Aleksander_Warma, lk 39
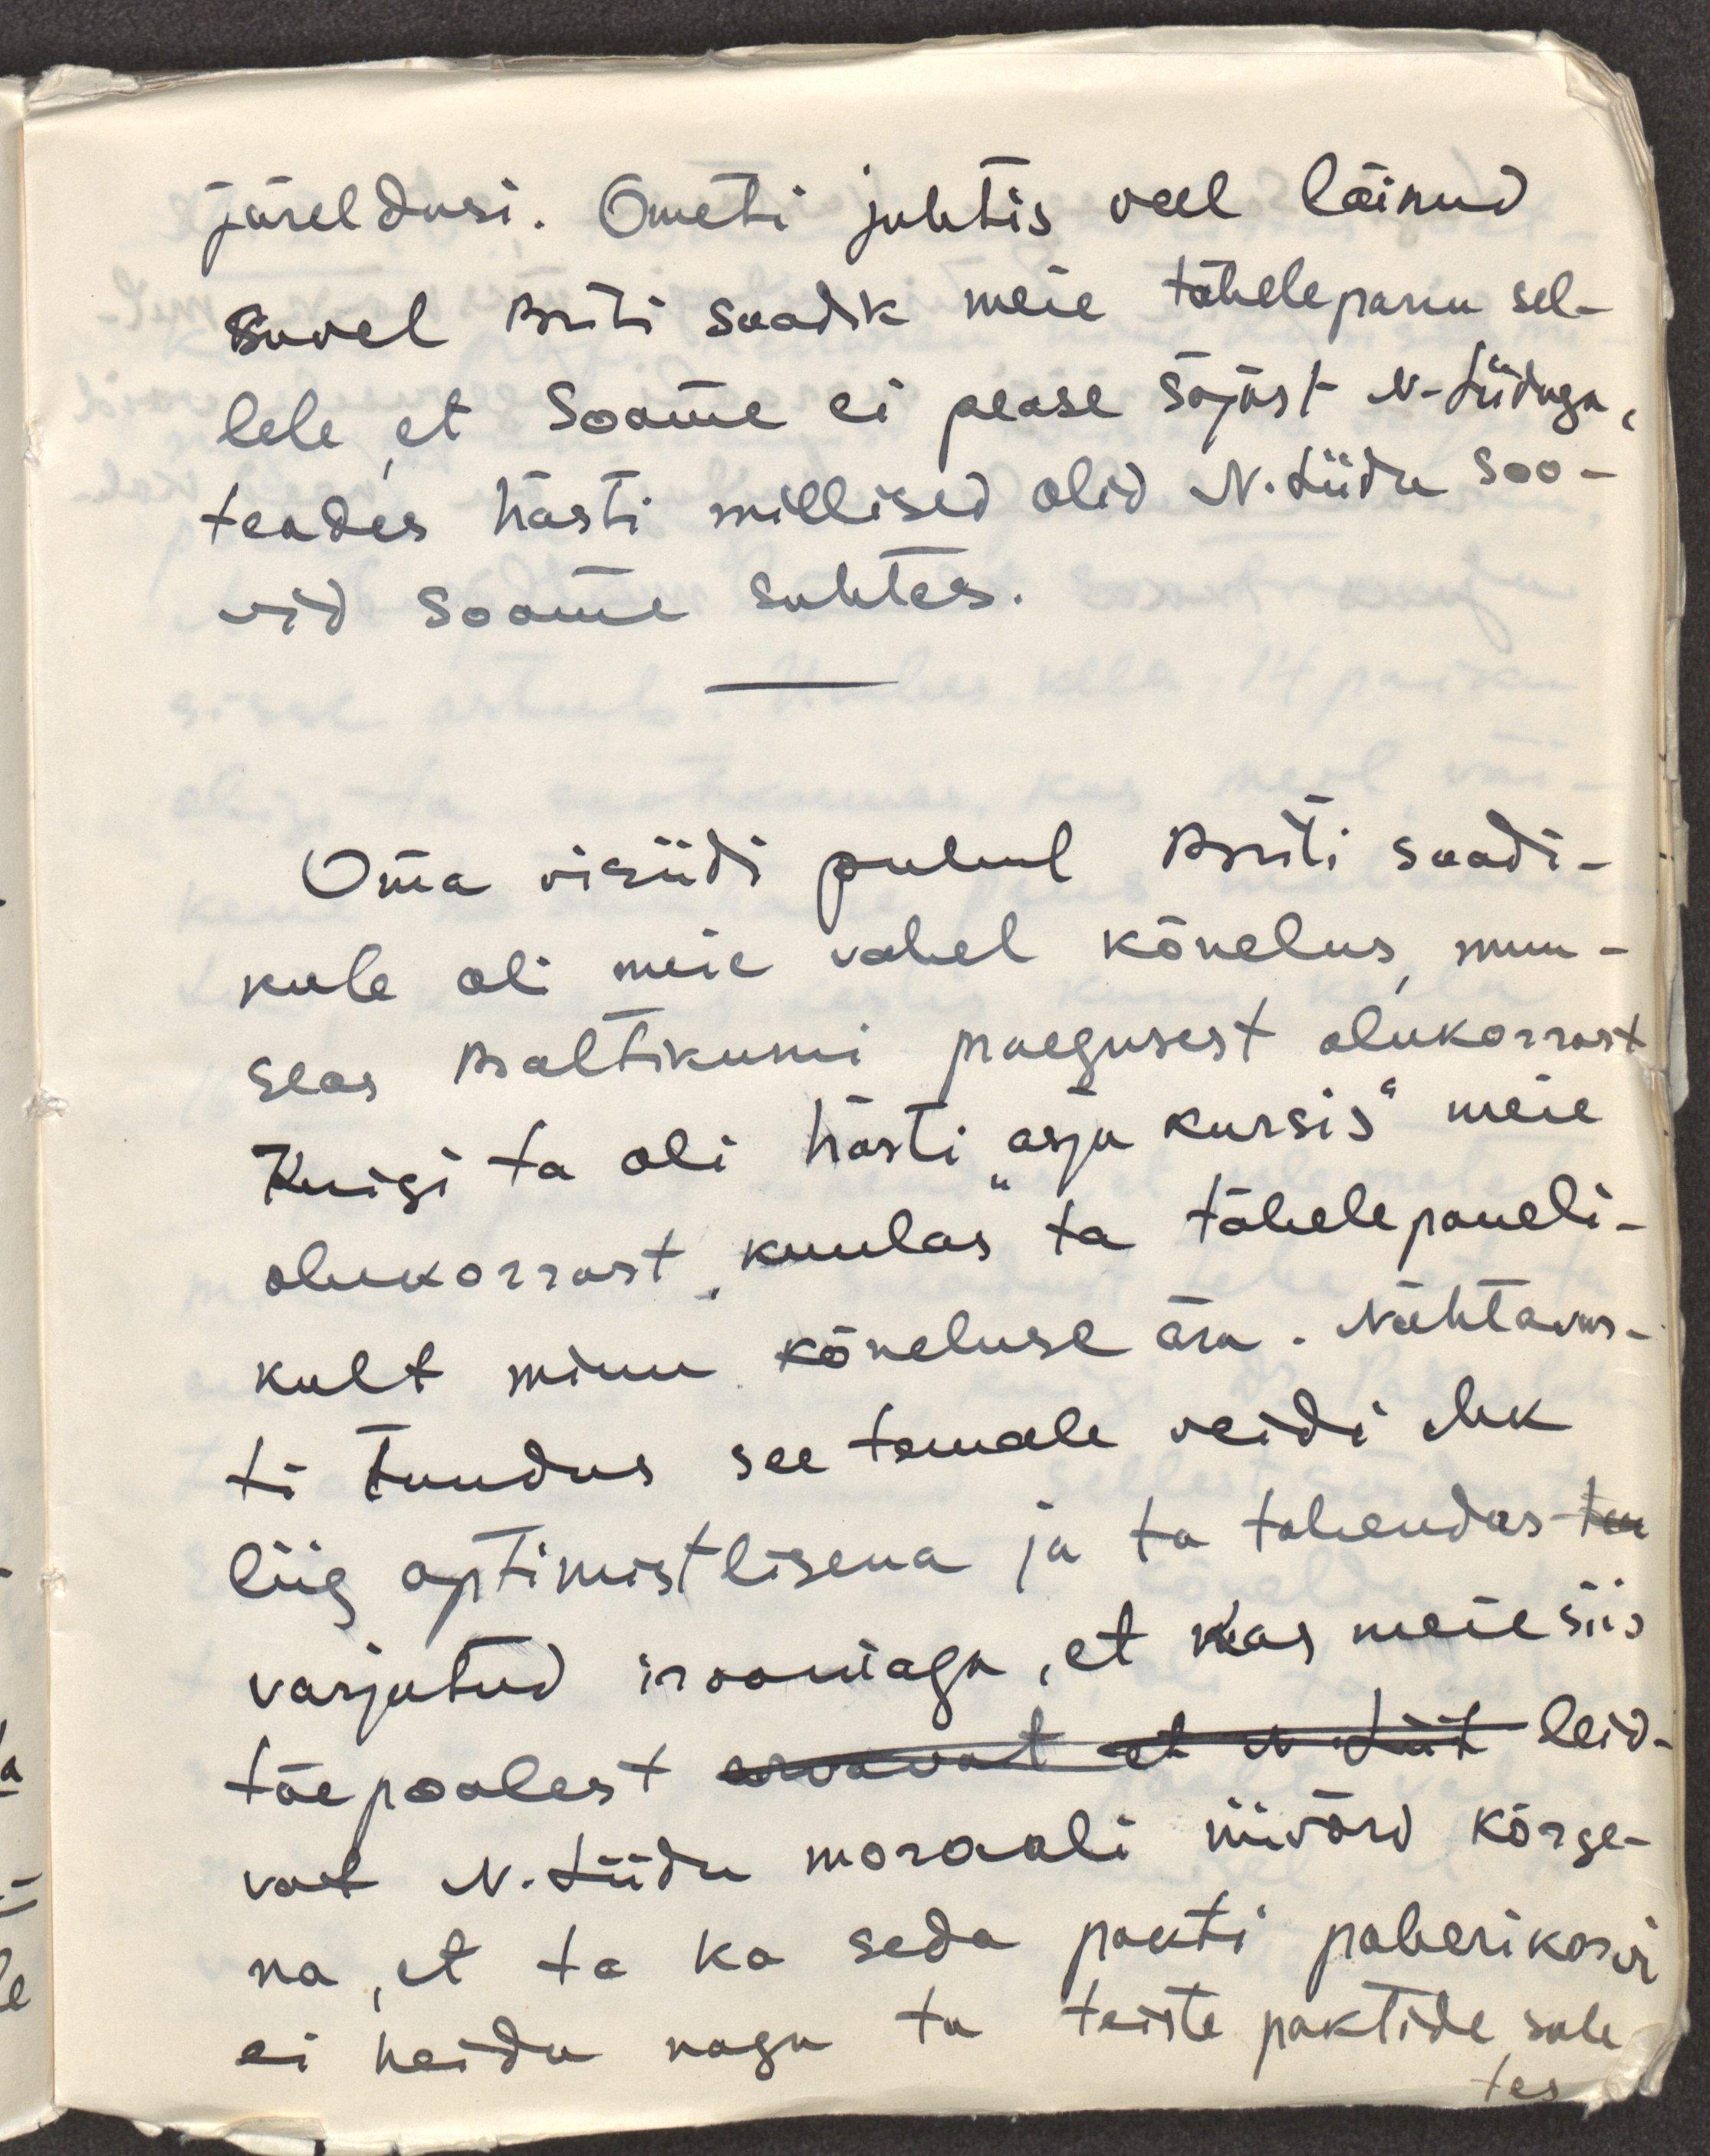
järeldusi. Ometi juhtis veel läinud
suvel Briti saadik meie tähelepanu sel-
lele, et Soome ei pease sõjast N.Liiduga,
teades hästi millised olid N.Liidu soo-
vid Soome suhtes.
Oma visiidi puhul Briti saadi-
kule oli meie vahel kõnelus, muu-
seas Baltikumi praegusest olukorrast
Kuigi ta oli hästi "asja kursis" meie
olukorrast, kuulas ta tähelepaneli-
kult minu kõneluse ära. Nähtvas-
ti tundus see temale veidi ehk
liig optimistlisena ja ta tahendas
varjatud irooniaga, et kas meie siis
tõepoolest arvavat et N. Liit leid-
vat N.Liidu moraali niivõrd kõrge-
na, et ta ka seda pakti paberikorvi
ei heida nagu ta teiste paktide suh
tes